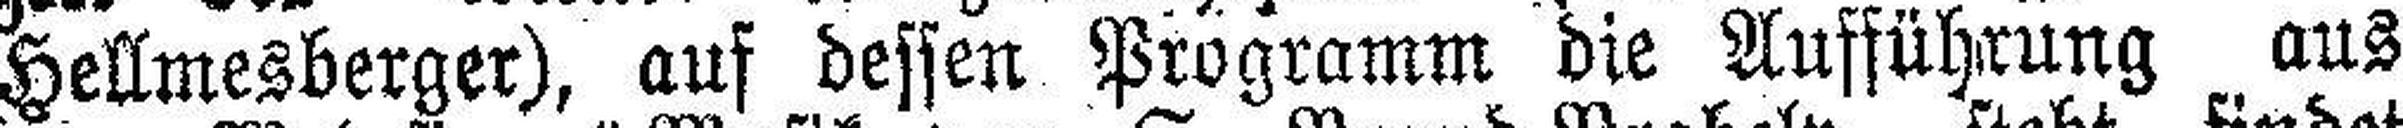
Hellmesberger), auf dessen Programm die Aufführung aus